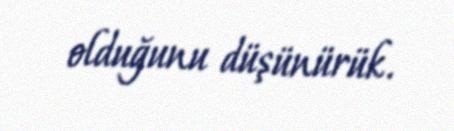
olduğunu düşünürük.